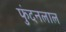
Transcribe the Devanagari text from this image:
फुंदनलाल